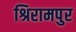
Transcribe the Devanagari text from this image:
श्रिरामपुर